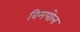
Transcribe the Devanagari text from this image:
विमपोल